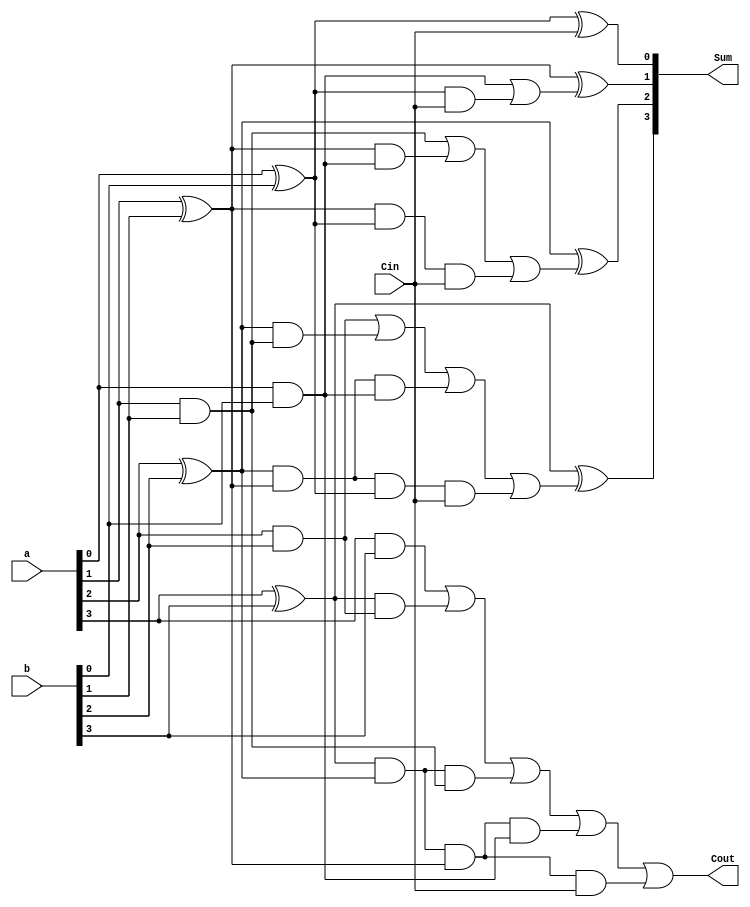
`timescale 1ns / 1ps
//////////////////////////////////////////////////////////////////////////////////
// Company: 
// Engineer: 
// 
// Design Name: 
// Module Name: Carry_look_ahead_Adder
// Project Name: 
// Target Devices: 
// Tool Versions: 
// Description: 
// 
// Dependencies: 
// 
// Revision:
// Revision 0.01 - File Created
// Additional Comments:
// 
//////////////////////////////////////////////////////////////////////////////////

module Carry_Look_ahead_Adder (Sum, Cout, a, b, Cin);
input [3:0] a, b;
input Cin;

output [3:0] Sum;
output Cout;

wire p0, p1, p2, p3, g0, g1, g2, g3, c1, c2, c3, c4;

assign p0 =a[0] ^ b[0];
assign p1 =a[1] ^ b[1];
assign p2 =a[2] ^ b[2];
assign p3 =a[3] ^ b[3];


assign g0 =a[0] & b[0];
assign g1 =a[1] & b[1];
assign g2 =a[2] & b[2];
assign g3 =a[3] & b[3];

assign c1 = g0 | (p0 & Cin);
assign c2 = g1 | (p1 & g0) | (p1 & p0 & Cin);
assign c3 = g2 | (p2 & g1) | (p2 & p1 & g0) | (p2 & p1 & p0 & Cin);
assign c4 = g3 | (p3 & g2) | (p3 & p2 & g1) | (p3 & p2 & p1 & g0) | (p3 & p2 & p1 & Cin); 


assign Sum[0] = p0 ^ Cin;
assign Sum[1] = p1 ^ c1;
assign Sum[2] = p2 ^ c2;
assign Sum[3] = p3 ^ c3;


assign Cout = c4;
endmodule